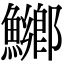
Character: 鱜